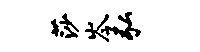
莎岑弘